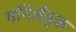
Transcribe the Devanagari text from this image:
मनिर्जंतुक